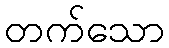
တက်သော